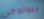
بيولوجي